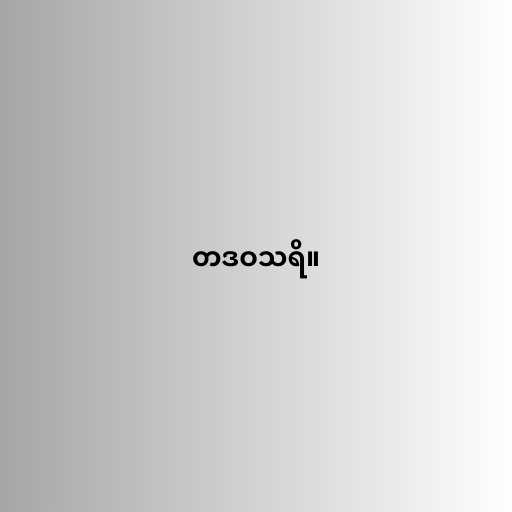
တဒဝသရိ။